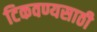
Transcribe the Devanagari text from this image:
टिकवण्यसाठी